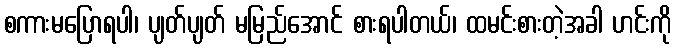
စကားမပြောရပါ၊ ပျတ်ပျတ် မမြည်အောင် စားရပါတယ်၊ ထမင်းစားတဲ့အခါ ဟင်းကို